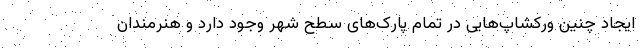
ایجاد چنین ورکشاپ‌هایی در تمام پارک‌های سطح شهر وجود دارد و هنرمندان